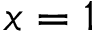
x = 1